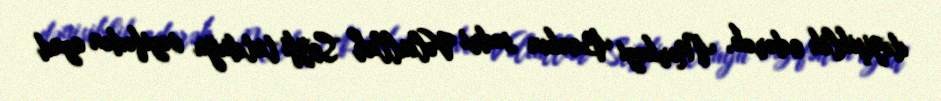
dəyişiklik edərək, Mərkəzi Bankın sədri Vəliullah Seyfi tutduğu vəzifədən azad